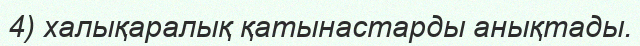
4) халықаралық қатынастарды анықтады.